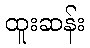
ထူးဆန်း